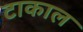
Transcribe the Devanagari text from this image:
टाकाल